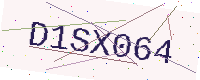
Text: D1SX064